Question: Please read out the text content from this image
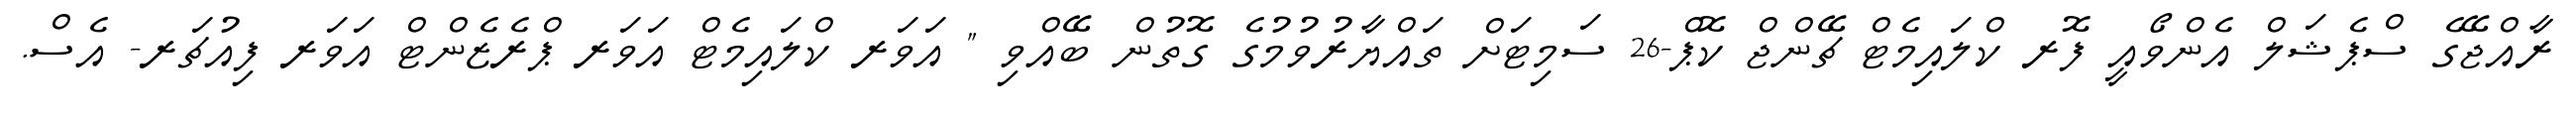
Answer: ރާއްޖޭގެ ސްޕެޝަލް އެންވޯއީ ފޮރ ކްލައިމެޓް ޗޭންޖް ކޮޕް-26 ސަމިޓަށް ތައްޔާރުވުމުގެ ގޮތުން ބޭއްވި " އަވަރ ކްލައިމެޓް އަވަރ ޕްރެޒެންޓް އަވަރ ފިއުޗަރ- އެސް.